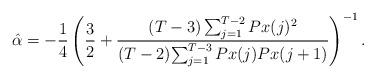
LaTeX: \begin{align*}\hat{\alpha}= - \frac{1}{4} \left( \frac{3}{2} + \frac{(T-3) \sum_{j=1} ^{T-2} { Px(j) ^2}}{ (T-2) {\sum_{j=1}^{T-3} { Px(j) Px(j+1)}}} \right)^{-1}.\end{align*}